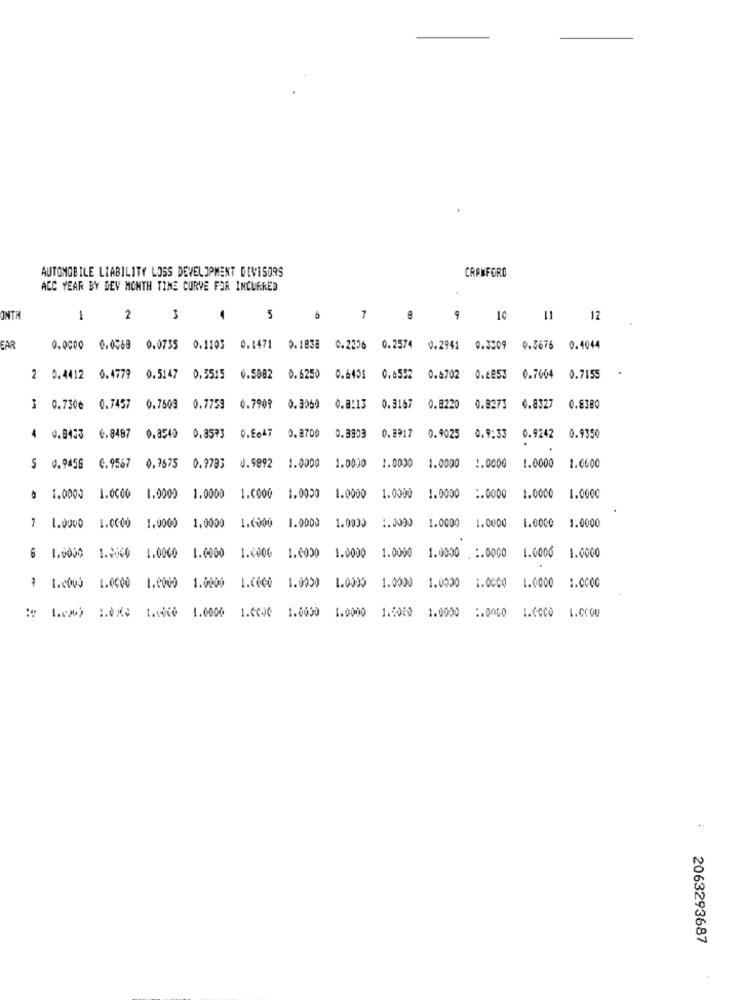
AUTOMOBILE LIABILITY LOSS DEVELOPMENT DEVISORS
CRANFORD
ACC YEAR BY DEV MONTH TIME CURVE FOR INCURRED
ONTH
1
2
3
5
6
9
10 11 12
EAR
0.0000 0.0568 0.0735 0.1103 0.1471 0.1838 0.2206 0.2574 0.2941 0.3309 0.5676 0.4044
2 0.4412 0.4779 0.5147 0.55:5 0.5882 0.6250
0.4401
0.6552 0.6702 0.6853 0.7004 0.7155
3 0.7306 0.7457 0.7509 0.7759
0.7909
0.3060
0.8:13 0.3167
0.8220
0.8273
0.8327
0.8380
0.8700
0.3303
0.2917
4 0.8433 0.8487 0.8540 0.8573
0.Ee47
0.9025
0.9:33
0.9242
0.9350
J.9892
1.0000
1.0000
1.0000
1.0000
1.0000
1.0000
1.0600
5 0.9456 0.9567 0.7575 0.9793
1.0000
1.0000
1.0000
6 1.0000 1.0000
1.000)
1.0000
1.0000
1.0000
1.0000
:. 0000
1.0000
1.6000
1.0000
1.0000
1.0000
1.0000
1.0000
1.0000
7 1.0000
1.0000
1.0000
1,0000
1.0000
1.0020
1.0000
1.0000
1.0000
:. 0000
1.6000
1.0000
6 1.0000 1.2040
1.0000
1.0000
I.COCO
1.0000
1.0000
1.0000
1.0000
1.0000
9 1.0000 1.0000
1.0000
1.0000
1.0000
1.CCJC
1.0030
1.0000
1.5000
1.0000
1.COCO
: Lew) 1.0 1.600 1.0000
L.CCQU
..
2063293687